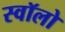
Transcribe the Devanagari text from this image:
स्वॉलो